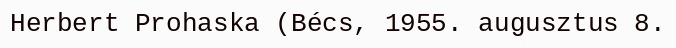
Herbert Prohaska (Bécs, 1955. augusztus 8.